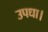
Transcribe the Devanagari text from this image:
उपधा।